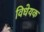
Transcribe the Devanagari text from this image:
विधेयक